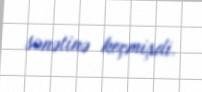
sənətinə keçmişdi.